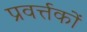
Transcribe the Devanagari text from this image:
प्रवर्त्तकों